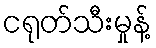
ငရုတ်သီးမှုန့်